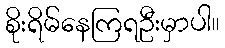
စိုးရိမ်နေကြရဦးမှာပါ။